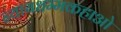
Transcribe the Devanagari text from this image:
न्यायधम्मकहाओ